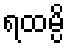
ရထမ္ပိ